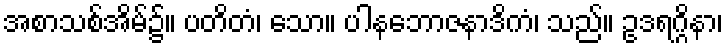
အစာသစ်အိမ်၌။ ပတိတံ၊ သော။ ပါနဘောဇနာဒိကံ၊ သည်။ ဥဒရဂ္ဂိနာ၊